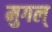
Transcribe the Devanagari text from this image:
मुगल्